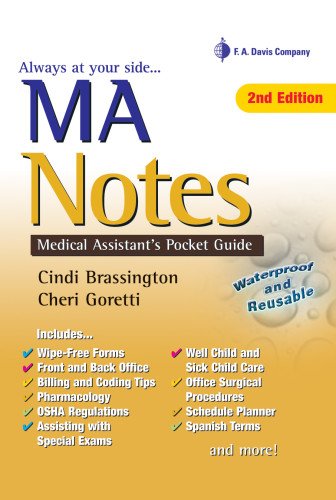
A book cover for MA Notes: Medical Assistant's Pocket Guide; Cindi Brassington MS  CMA (AAMA); Medical Books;